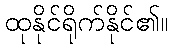
ထုနိုင်ရိုက်နိုင်၏။